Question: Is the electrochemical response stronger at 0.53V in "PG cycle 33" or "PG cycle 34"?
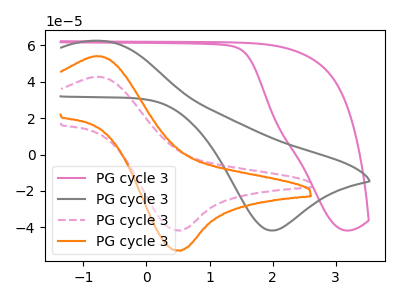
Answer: <think>The pink curve "PG cycle 31" has no peaks. The gray curve "PG cycle 32" has an anodic peak at (-0.70V, 62.35uA) and a cathodic peak at (2.00V, -41.75uA). The pink dashed curve "PG cycle 33" has an anodic peak at (-0.80V, 42.70uA) and a cathodic peak at (0.55V, -41.75uA). The orange curve "PG cycle 34" has an anodic peak at (-0.80V, 54.05uA) and a cathodic peak at (0.55V, -52.80uA).</think>
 <answer>The peak at 0.53V is lower in "PG cycle 33" than in "PG cycle 34".</answer>
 <eval>lower</eval>